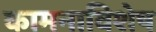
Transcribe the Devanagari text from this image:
कामनाविशेष